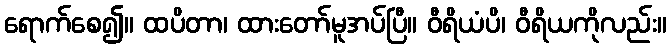
ရောက်စေ၍။ ထပိတာ၊ ထားတော်မူအပ်ပြီ။ ဝီရိယံပိ၊ ဝီရိယကိုလည်း။